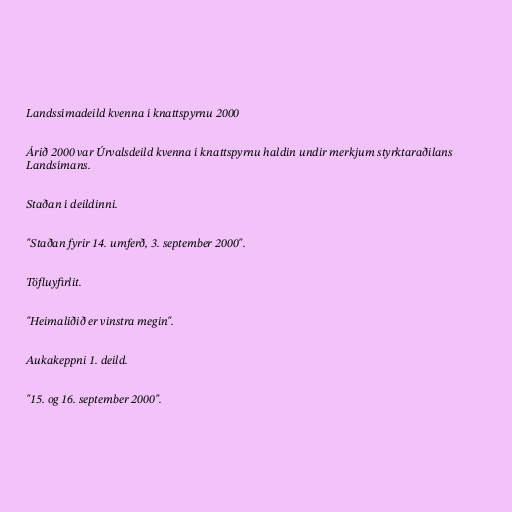
Landssímadeild kvenna í knattspyrnu 2000

Árið 2000 var Úrvalsdeild kvenna í knattspyrnu haldin undir merkjum styrktaraðilans
Landsímans.

Staðan í deildinni.

"Staðan fyrir 14. umferð, 3. september 2000".

Töfluyfirlit.

"Heimaliðið er vinstra megin".

Aukakeppni 1. deild.

"15. og 16. september 2000".